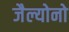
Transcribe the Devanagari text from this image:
जैल्योनो